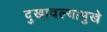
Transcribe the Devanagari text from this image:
दुखावल्यामुखे